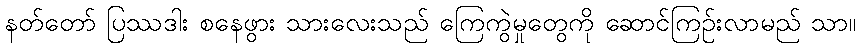
နတ်တော် ပြဿဒါး စနေဖွား သားလေးသည် ကြေကွဲမှုတွေကို ဆောင်ကြဉ်းလာမည် သာ။